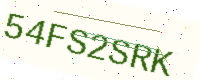
Text: 54FS2SRK